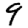
Digit: 9